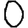
Digit: 0